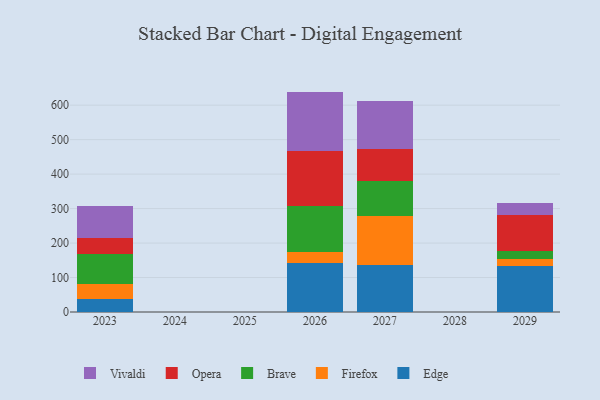
{"axis": {"x": "Year", "y": "Latency (ms)"}, "legend": ["Brave", "Edge", "Firefox", "Opera", "Vivaldi"], "data": [{"x": "2027", "y": 137.2, "type": "Edge"}, {"x": "2027", "y": 142.1, "type": "Firefox"}, {"x": "2027", "y": 100.9, "type": "Brave"}, {"x": "2027", "y": 93.2, "type": "Opera"}, {"x": "2027", "y": 138.7, "type": "Vivaldi"}, {"x": "2023", "y": 36.4, "type": "Edge"}, {"x": "2023", "y": 46.2, "type": "Firefox"}, {"x": "2023", "y": 87.1, "type": "Brave"}, {"x": "2023", "y": 44.3, "type": "Opera"}, {"x": "2023", "y": 93.1, "type": "Vivaldi"}, {"x": "2029", "y": 132.3, "type": "Edge"}, {"x": "2029", "y": 20.5, "type": "Firefox"}, {"x": "2029", "y": 23.8, "type": "Brave"}, {"x": "2029", "y": 103.9, "type": "Opera"}, {"x": "2029", "y": 36.8, "type": "Vivaldi"}, {"x": "2026", "y": 143.6, "type": "Edge"}, {"x": "2026", "y": 31.1, "type": "Firefox"}, {"x": "2026", "y": 132.3, "type": "Brave"}, {"x": "2026", "y": 159.2, "type": "Opera"}, {"x": "2026", "y": 173.2, "type": "Vivaldi"}]}